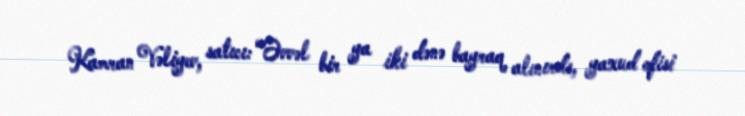
Kamran Vəliyev, satıcı: “Əvvəl bir ya iki dənə bayraq alınırdı, yaxud ofisi